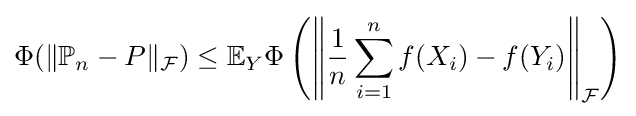
\Phi (\|\mathbb {P} _{n}-P\|_{\mathcal {F}})\leq \mathbb {E} _{Y}\Phi \left(\left\|{\dfrac {1}{n}}\sum _{i=1}^{n}f(X_{i})-f(Y_{i})\right\|_{\mathcal {F}}\right)